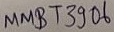
Text: MMBT3906